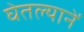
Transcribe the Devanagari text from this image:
घेतल्यानें